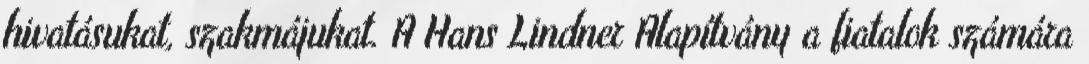
hivatásukat, szakmájukat. A Hans Lindner Alapítvány a fiatalok számára